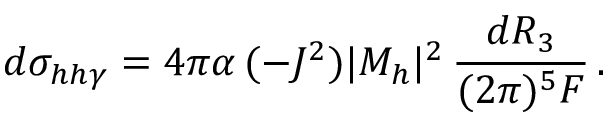
d \sigma _ { h h \gamma } = 4 \pi \alpha \, ( - J ^ { 2 } ) | { \cal M } _ { h } | ^ { 2 } \, { \frac { d R _ { 3 } } { ( 2 \pi ) ^ { 5 } F } } \, .